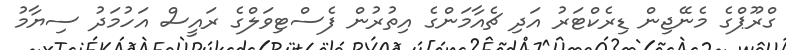
ގްރޫޕްގެ މެނޭޖިން ޑިރެކްޓަރު އަދި ޗެއާމަންގެ އިތުރުން ފެސްޓިވަލްގެ ރައީސް އަހުމަދު ސިޔާމު